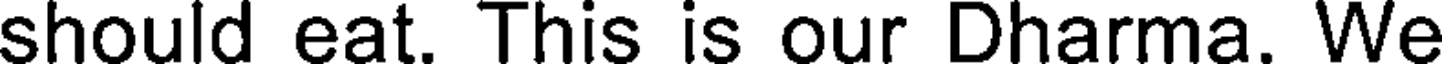
should eat. This is our Dharma. We